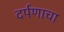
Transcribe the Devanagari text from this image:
दर्पणाचा